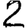
Digit: 2